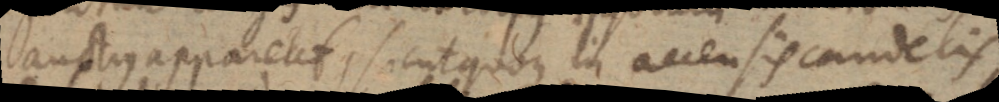
auctius appareat, sicut quoque in accensis candelis